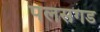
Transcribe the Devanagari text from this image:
पलसगड